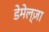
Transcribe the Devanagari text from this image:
डेमेल्ज़ा